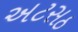
અટસઠ